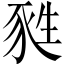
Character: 甤